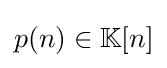
{\textstyle p(n)\in \mathbb {K} [n]}